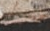
لست